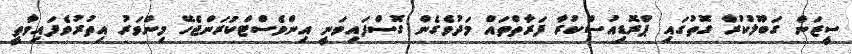
ސީޒަން ގަބޫލުކުރާ ގޮތުގައި ޕްރޮޑިއުސްކުރާ ފަރާތްތައް މަދުވެގެން ގޮސްފައިވަނީ އިންވެސްޓްކުރަންޖެހޭ މިންވަރު އިތުރުވެފައިވާތީ